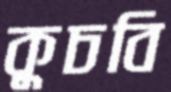
কুচবি